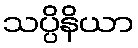
သပ္ပိနိယာ